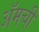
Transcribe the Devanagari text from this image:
ॲमची